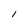
Character: 1